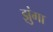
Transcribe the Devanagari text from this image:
झुंगा